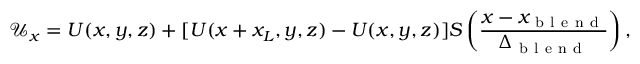
\mathcal { U } _ { x } = U ( x , y , z ) + [ U ( x + x _ { L } , y , z ) - U ( x , y , z ) ] S \left( \frac { x - x _ { \mathrm { ~ b ~ l ~ e ~ n ~ d ~ } } } { \Delta _ { \mathrm { ~ b ~ l ~ e ~ n ~ d ~ } } } \right) ,